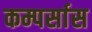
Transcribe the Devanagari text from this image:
कम्पर्सास